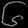
Digit: ၆